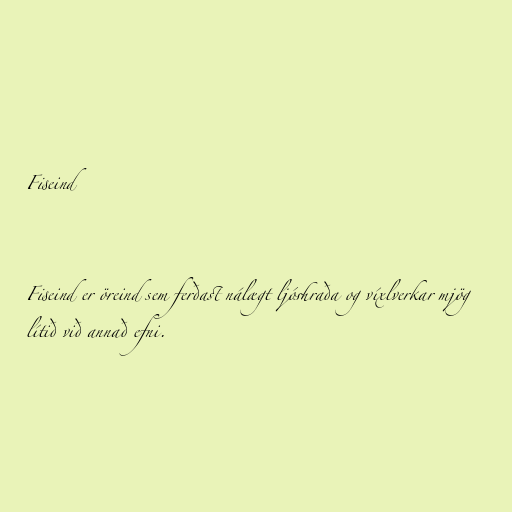
Fiseind

Fiseind er öreind sem ferðast nálægt ljóshraða og víxlverkar mjög
lítið við annað efni.